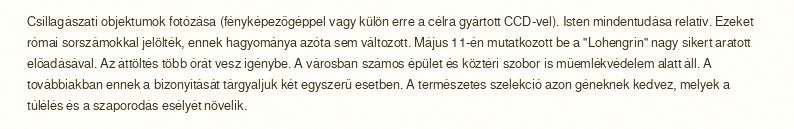
Csillagászati objektumok fotózása (fényképezőgéppel vagy külön erre a célra gyártott CCD-vel). Isten mindentudása relatív. Ezeket római sorszámokkal jelölték, ennek hagyománya azóta sem változott. Május 11-én mutatkozott be a "Lohengrin" nagy sikert aratott előadásával. Az áttöltés több órát vesz igénybe. A városban számos épület és köztéri szobor is műemlékvédelem alatt áll. A továbbiakban ennek a bizonyítását tárgyaljuk két egyszerű esetben. A természetes szelekció azon géneknek kedvez, melyek a túlélés és a szaporodás esélyét növelik.